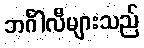
ဘင်္ဂါလီများသည်